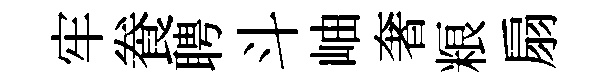
牢飬聘斗岫奢粮扇